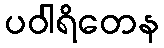
ပဝါရိတေန